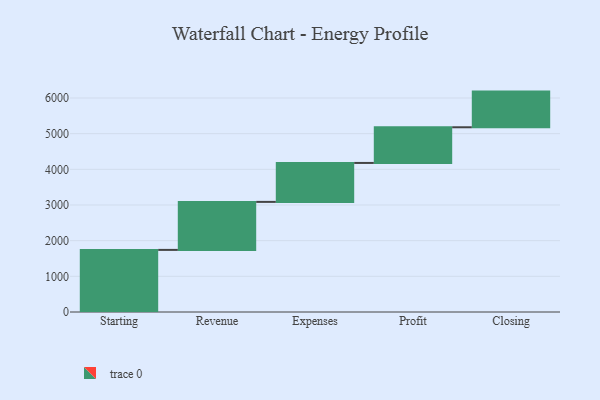
{"axis": {"x": "Step", "y": "Value"}, "legend": [""], "data": [{"x": "Starting", "y": 1741.0, "type": ""}, {"x": "Revenue", "y": 1346.0, "type": ""}, {"x": "Expenses", "y": 1092.0, "type": ""}, {"x": "Profit", "y": 1000, "type": ""}, {"x": "Closing", "y": 1000, "type": ""}]}